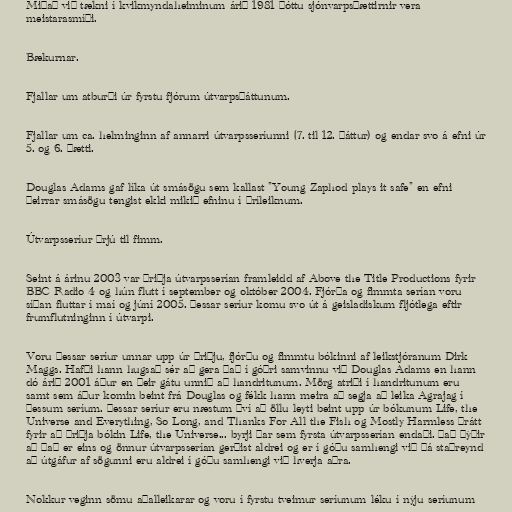
Miðað við tækni í kvikmyndaheiminum árið 1981 þóttu sjónvarpsþættirnir vera
meistarasmíði.

Bækurnar.

Fjallar um atburði úr fyrstu fjórum útvarpsþáttunum.

Fjallar um ca. helminginn af annarri útvarpsseríunni (7. til 12. þáttur) og endar svo á efni úr
5. og 6. þætti.

Douglas Adams gaf líka út smásögu sem kallast "Young Zaphod plays it safe" en efni
þeirrar smásögu tengist ekki mikið efninu í þríleiknum.

Útvarpsseríur þrjú til fimm.

Seint á árinu 2003 var þriðja útvarpsserían framleidd af Above the Title Productions fyrir
BBC Radio 4 og hún flutt í september og október 2004. Fjórða og fimmta serían voru
síðan fluttar í maí og júní 2005. Þessar seríur komu svo út á geisladiskum fljótlega eftir
frumflutninginn í útvarpi.

Voru þessar seríur unnar upp úr þriðju, fjórðu og fimmtu bókinni af leikstjóranum Dirk
Maggs. Hafði hann hugsað sér að gera það í góðri samvinnu við Douglas Adams en hann
dó árið 2001 áður en þeir gátu unnið að handritunum. Mörg atriði í handritunum eru
samt sem áður komin beint frá Douglas og fékk hann meira að segja að leika Agrajag í
þessum seríum. Þessar seríur eru næstum því að öllu leyti beint upp úr bókunum Life, the
Universe and Everything, So Long, and Thanks For All the Fish og Mostly Harmless þrátt
fyrir að þriðja bókin Life, the Universe... byrji þar sem fyrsta útvarpsserían endaði. Það þýðir
að það er eins og önnur útvarpsserían gerðist aldrei og er í góðu samhengi við þá staðreynd
að útgáfur af sögunni eru aldrei í góðu samhengi við hverja aðra.

Nokkur veginn sömu aðalleikarar og voru í fyrstu tveimur seríunum léku í nýju seríunum